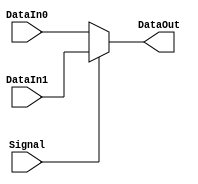
//`timescale 1ns / 1ps
//////////////////////////////////////////////////////////////////////////////////
// Company: BIT
// 
// Design Name: MUX2
// Module Name: MUX2
// Project Name: single cycle mips cpu
// Target Devices: 
// Tool Versions: vivado 2019.2
// Description: select data by the signal
// 
// Dependencies: 
// 
// Revision:
// Revision 0.01 - File Created
// Additional Comments:
// 
//////////////////////////////////////////////////////////////////////////////////


module MUX2 #(parameter bits = 4)(
    input [bits-1:0] DataIn0,
    input [bits-1:0] DataIn1,
    input Signal,
    output [bits-1:0] DataOut
    );
    
    assign DataOut = (Signal == 1'b0) ? DataIn0 : DataIn1;
    
endmodule